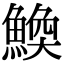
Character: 𫙪